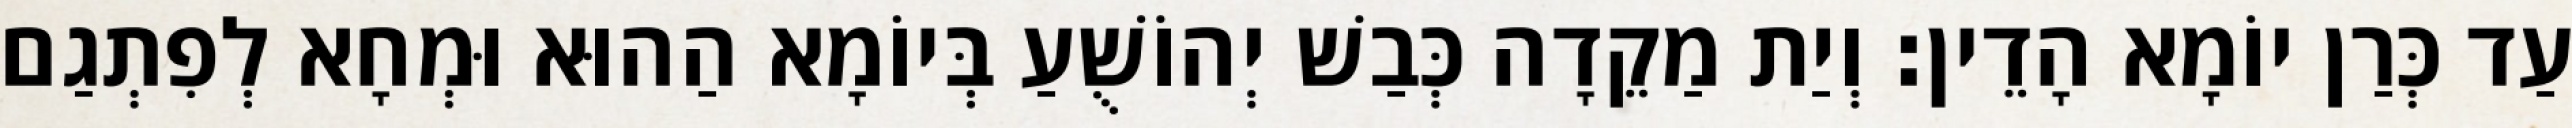
עַד כְּרַן יוֹמָא הָדֵין׃ וְיַת מַקֵדָה כְּבַשׁ יְהוֹשֻׁעַ בְּיוֹמָא הַהוּא וּמְחָא לְפִתְגַם